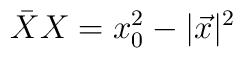
\bar{X}X = x_{0}^{2} - \vert \vec{x}\vert^{2}